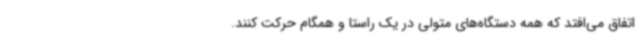
اتفاق می‌افتد که همه دستگاه‌های متولی در یک راستا و همگام حرکت کنند.